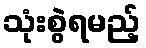
သုံးစွဲရမည့်